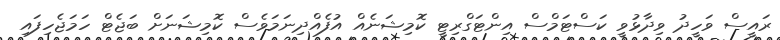
ރައީސް ވަހީދު ވިދާޅުވީ ކަސްޓަމްސް އިންޓަގްރިޓީ ކޮމިޝަނެއް އުފެއްދިނަމަވެސް ކޮމިޝަނަށް ބަޖެޓް ހަމަޖެހިފައި